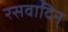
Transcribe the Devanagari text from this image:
रसवादिन्